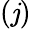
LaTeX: (\mathit{j})